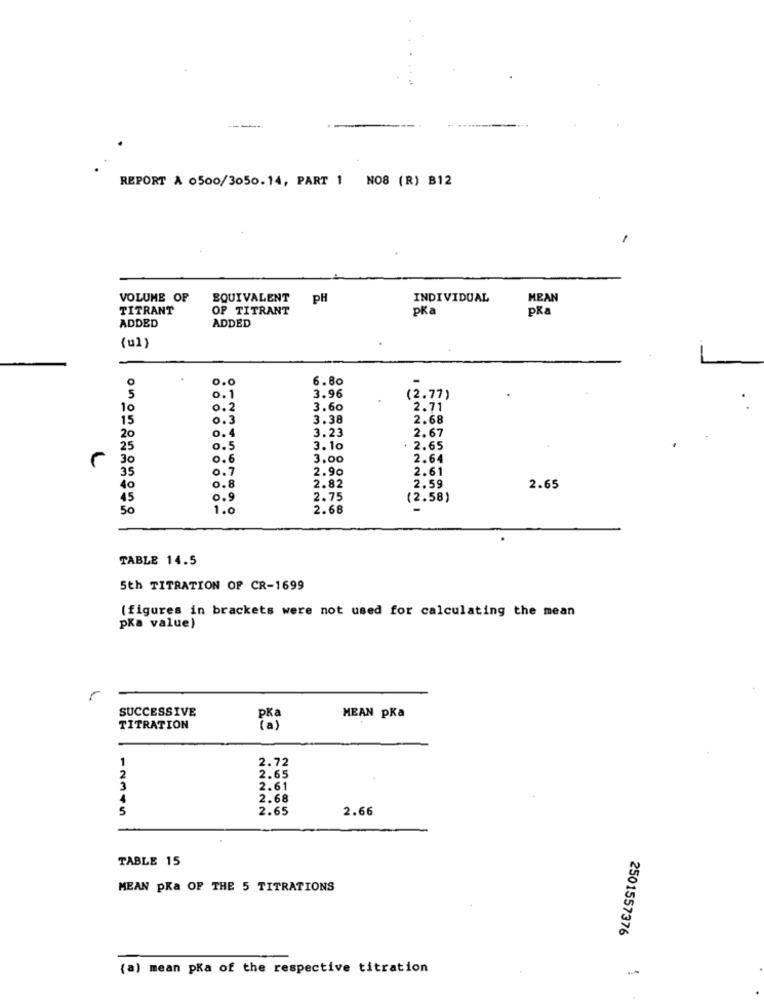
REPORT A 0500/3050.14, PART 1 NO8 (R) B12
VOLUME OF
EQUIVALENT
PH
INDIVIDUAL
MEAN
TITRANT
OF TITRANT
pka
pka
ADDED
ADDED
(ul )
0.0
6.80
5
0.1
3.96
(2.77)
10
0 . 2
3.60
2.71
15
0.3
3.38
2.68
20
0.4
3.23
2.67
0.5
3.10
2.65
30
0.6
3.00
2.64
0. 7
2.61
35
2.90
40
0.8
2.82
2.59
2.65
45
0.9
2.75
(2.58)
50
1.0
2.68
TABLE 14.5
5th TITRATION OF CR-1699
(figures in brackets were not used for calculating the mean
pKa value)
SUCCESSIVE
MEAN pka
TITRATION
( a)
2.72
1
2
2.65
3
2.61
4
2.68
5
2.65
2.66
TABLE 15
MEAN pKa OF THE 5 TITRATIONS
2501557376
(a) mean pKa of the respective titration